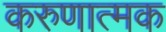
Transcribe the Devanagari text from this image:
करुणात्मक